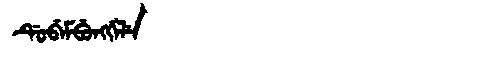
Manchu: ᡩᡠᠪᡝᠮᠪᡠᠩᡤᡝᠯᡝ
Romanization: DUBEMBUNGGELE